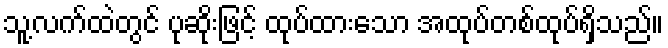
သူ့လက်ထဲတွင် ပုဆိုးဖြင့် ထုပ်ထားသော အထုပ်တစ်ထုပ်ရှိသည်။